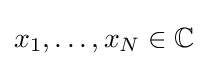
x_{1},\dots ,x_{N}\in \mathbb {C}